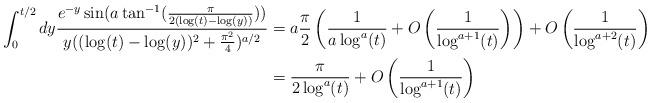
LaTeX: \begin{align*} \int_{0}^{t/2} dy \frac{e^{-y}\sin(a\tan^{-1}(\frac{\pi}{2(\log(t)-\log(y))}))}{y((\log(t)-\log(y))^{2}+\frac{\pi^{2}}{4})^{a/2}} &= a \frac{\pi}{2}\left(\frac{1}{a \log^{a}(t)} + O\left(\frac{1}{\log^{a+1}(t)}\right)\right) + O\left(\frac{1}{\log^{a+2}(t)}\right) \\&=\frac{\pi}{2 \log^{a}(t)} + O\left(\frac{1}{\log^{a+1}(t)}\right)\end{align*}